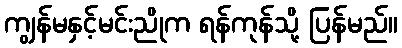
ကျွန်မနှင့်မင်းညိုက ရန်ကုန်သို့ ပြန်မည်။